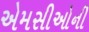
એમસીઓની